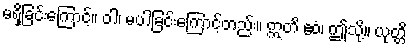
မရှိခြင်းကြောင့်။ ဝါ၊ မပါခြင်းကြောင့်တည်း။ ဣတိ ဧဝံ၊ ဤသို့။ ယုတ္တိ